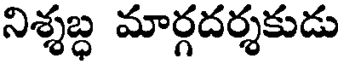
నిశ్శబ్ధ మార్గదర్శకుడు